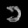
Digit: ၁